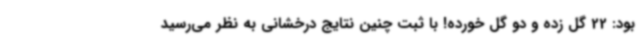
بود: 22 گل زده و دو گل خورده! با ثبت چنین نتایج درخشانی به نظر می‌رسید